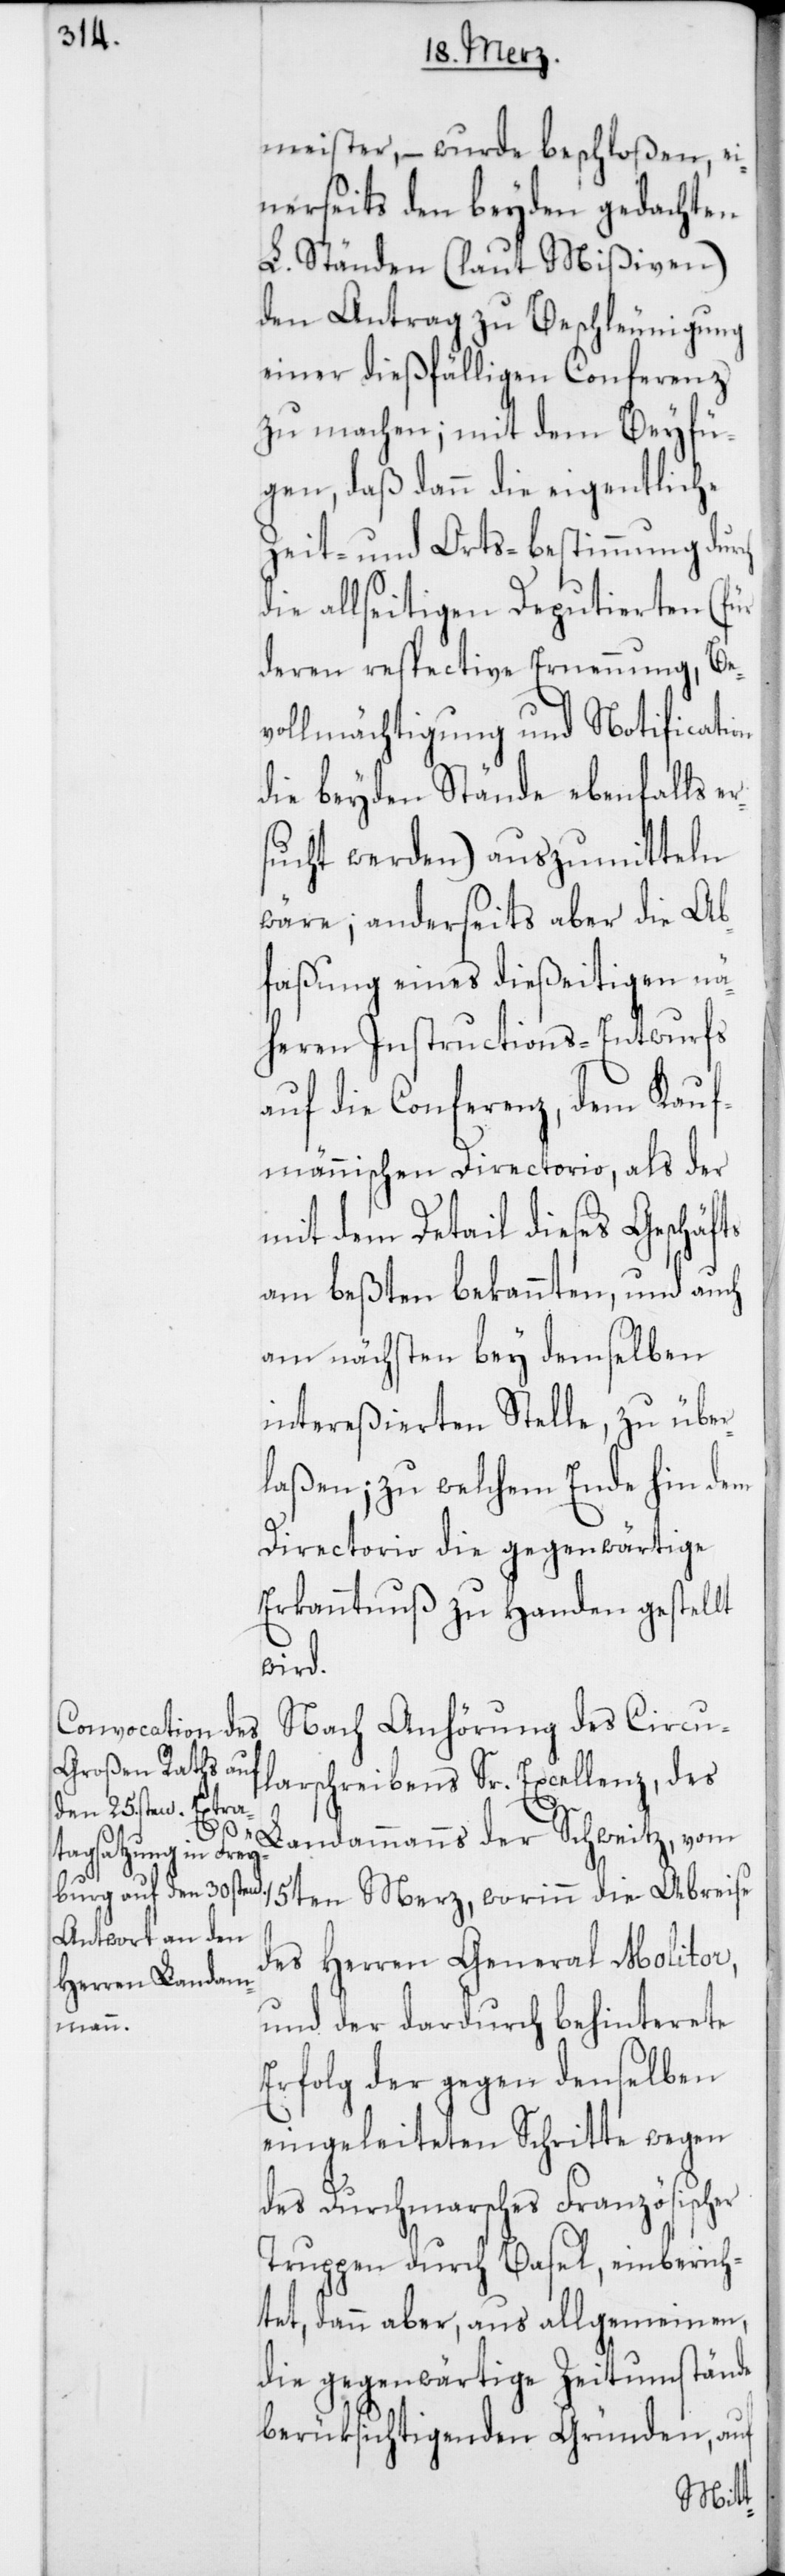
meister, – wurde beschloßen, ei¬
nerseits den beyden gedachten
L. Ständen (laut Mißiven)
den Antrag zu Beschleunigung
einer dießfälligen Conferenz
zu machen; mit dem Beyfü¬
gen, daß dann die eigentliche
Zeit- und Orts-Bestimmung durch
die allseitigen Deputierten (für
deren respective Ernennung, Be¬
vollmächtigung und Notification
die beyden Stände ebenfalls er¬
sucht werden) auszumitteln
wäre; anderseits aber die Ab¬
faßung eines dießeitigen nä¬
heren Instructions-Entwurfs
auf die Conferenz, dem Kauf¬
männnischen Directorio, als der
mit dem Detail dieses Geschäfts
am beßten bekannten, und auch
am nächsten bey demselben
intereßierten Stelle, zu über¬
laßen; zu welchem Ende hin dem
Directorio die gegenwärtige
Erkanntnuß zu Handen gestellt
wird.
Nach Anhörung des Circu¬
larschreibens Sr. Excellenz, des
Landammanns der Schweitz, vom
15ten Merz, worinn die Abreise
des Herren General Molitor,
und der dardurch behinterete
Erfolg der gegen denselben
eingeleiteten Schritte wegen
des Durchmarsches Französischer
Truppen durch Basel, einberich¬
tet, dann aber, aus allgemeinen,
die gegenwärtige Zeitumstände
berüksichtigenden Gründen, auf